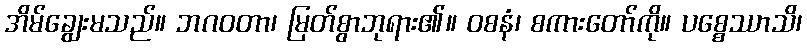
အိမ်ချွေးမသည်။ ဘဂဝတာ၊ မြတ်စွာဘုရား၏။ ဝစနံ၊ စကားတော်ကို။ ပစ္စေဿာသိ၊